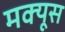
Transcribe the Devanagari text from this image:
मक्यूस